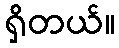
ရှိတယ်။